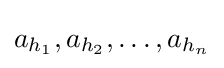
a_{h_{1}},a_{h_{2}},\ldots ,a_{h_{n}}